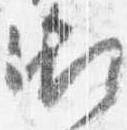
御